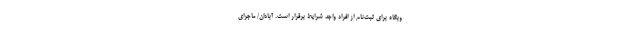
وبگاه برای ثبت‌نام از افراد واجد شرایط برقرار است. آبادان/ ماجرای